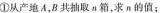
①从产地A，B共抽取π箱，求π的值；